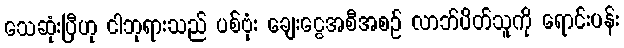
သေဆုံးပြီဟု ငါဘုရားသည် ပစ်ဗုံး ချေးငွေအစီအစဉ် လာဘ်ပိတ်သူကို ရောင်းပန်း